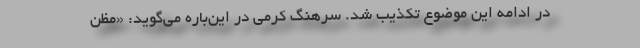
در ادامه این موضوع تکذیب شد. سرهنگ کرمی در این‌باره می‌گوید: «مظن